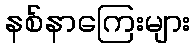
နစ်နာကြေးများ